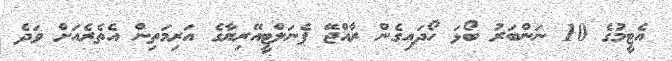
އެޓީމުގެ 10 ނަންބަރު ބޯޅަ ހޯދައިގެން ރާއްޖޭ ޕެނަލްޓީއޭރިޔާގެ އަރިމަތިން އެތެރެއަށް ވަދެ